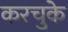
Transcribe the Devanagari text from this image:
करचुके